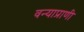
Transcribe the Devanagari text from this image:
वन्याप्राणी